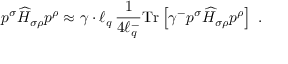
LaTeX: p ^ { \sigma } \widehat { H } _ { \sigma \rho } p ^ { \rho } \approx \gamma \cdot \ell _ { q } \, \frac { 1 } { 4 \ell _ { q } ^ { - } } \mathrm { T r } \left[ \gamma ^ { - } p ^ { \sigma } \widehat { H } _ { \sigma \rho } p ^ { \rho } \right] \; .